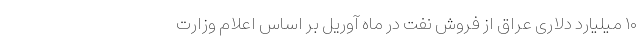
۱۰ میلیارد دلاری عراق از فروش نفت در ماه آوریل بر اساس اعلام وزارت